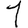
Digit: 1